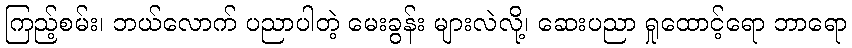
ကြည့်စမ်း၊ ဘယ်လောက် ပညာပါတဲ့ မေးခွန်း များလဲလို့၊ ဆေးပညာ ရှုထောင့်ရော ဘာရော